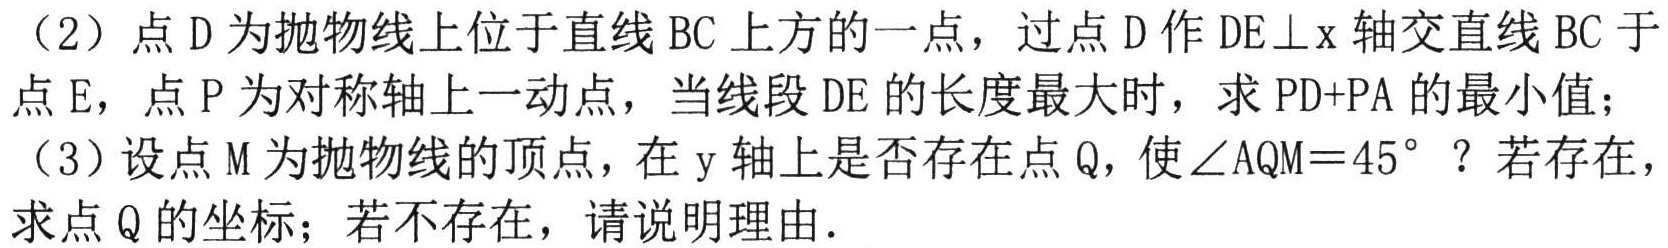
（2）点\(D\)为抛物线上位于直线\(BC\)上方的一点，过点\(D\)作\(DE\perp x\)轴交直线\(BC\)于点\(E\)，点\(P\)为对称轴上一动点，当线段\(DE\)的长度最大时，求\(PD + PA\)的最小值；
（3）设点\(M\)为抛物线的顶点，在\(y\)轴上是否存在点\(Q\)，使\(\angle AQM = 45^{\circ}\)？若存在，求点\(Q\)的坐标；若不存在，请说明理由．